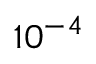
1 0 ^ { - 4 }